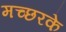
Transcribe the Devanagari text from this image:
मच्छरके